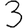
Digit: 3